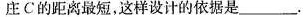
庄C的距离最短，这样设计的依据是_____